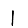
Digit: 1